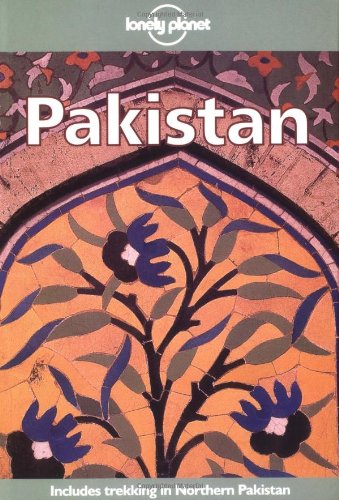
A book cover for Lonely Planet Pakistan; John King; Travel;